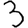
Digit: 3